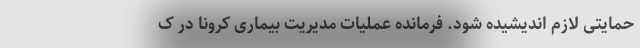
حمایتی لازم اندیشیده شود. فرمانده عملیات مدیریت بیماری کرونا در ک